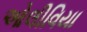
ઓલીવિયા